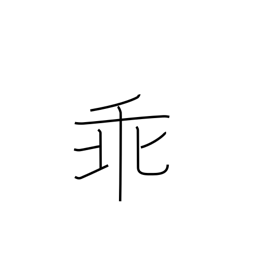
Meaning: oppose